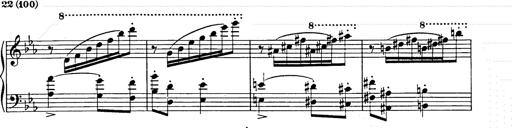
Title: Hungarian Rhapsody No.9
Composer: Franz Liszt
Key: E-flat major